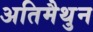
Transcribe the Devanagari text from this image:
अतिमैथुन